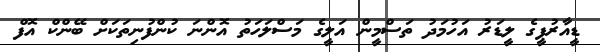
ޑީއާރުޕީގެ ލީޑަރު އަހުމަދު ތަސްމީން އަލީގެ މަސްލަހަތު އޮންނަ ކުންފުނިތަކަށް ބޭންކް އޮފް